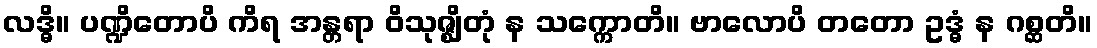
လဒ္ဓိ။ ပဏ္ဍိတောပိ ကိရ အန္တရာ ဝိသုဇ္ဈိတုံ န သက္ကောတိ။ ဗာလောပိ တတော ဥဒ္ဓံ န ဂစ္ဆတိ။